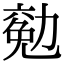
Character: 𠢖